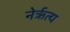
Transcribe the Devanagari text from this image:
नेर्ऋत्य